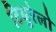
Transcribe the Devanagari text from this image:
टिबुरेलो